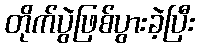
တိုက်ပွဲဖြစ်ပွားခဲ့ပြီး